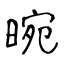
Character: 晼